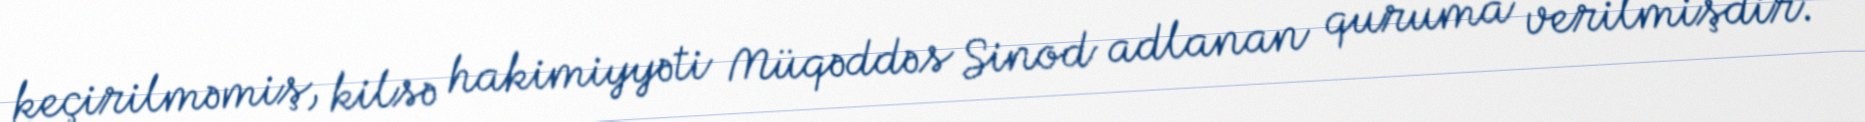
keçirilməmiş, kilsə hakimiyyəti Müqəddəs Sinod adlanan quruma verilmişdir.